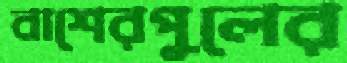
বাশেরপুলের